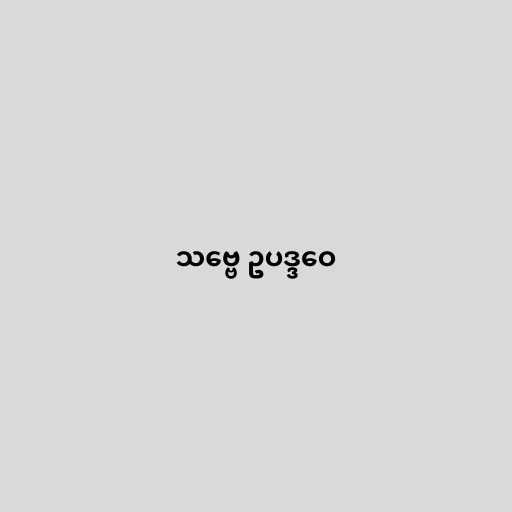
သဗ္ဗေ ဥပဒ္ဒဝေ